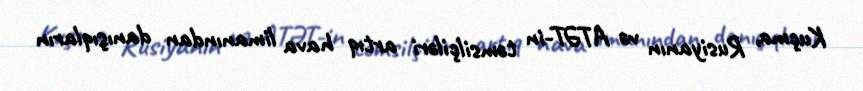
Kuçma, Rusiyanın və ATƏT-in təmsilçiləri artıq hava limanından danışıqların